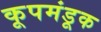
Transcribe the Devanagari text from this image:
कूपमंडूक